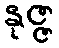
နုဇ္ဇ